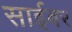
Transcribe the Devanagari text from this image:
साईबर